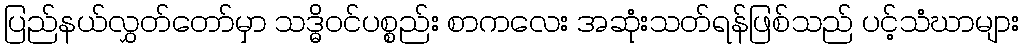
ပြည်နယ်လွှတ်တော်မှာ သဒ္ဓိဝင်ပစ္စည်း စာကလေး အဆုံးသတ်ရန်ဖြစ်သည် ပင့်သံဃာများ